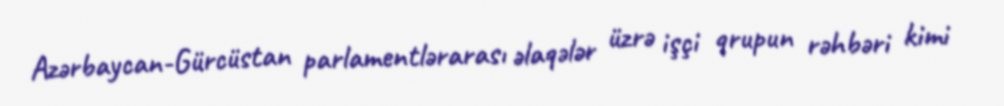
Azərbaycan-Gürcüstan parlamentlərarası əlaqələr üzrə işçi qrupun rəhbəri kimi